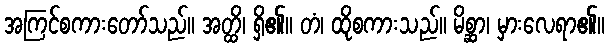
အကြင်စကားတော်သည်။ အတ္ထိ၊ ရှိ၏။ တံ၊ ထိုစကားသည်။ မိစ္ဆာ၊ မှားလေရာ၏။